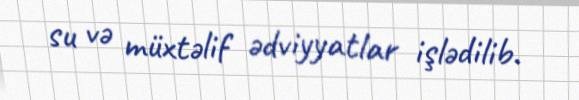
su və müxtəlif ədviyyatlar işlədilib.